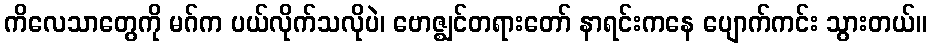
ကိလေသာတွေကို မဂ်က ပယ်လိုက်သလိုပဲ၊ ဗောဇ္ဈင်တရားတော် နာရင်းကနေ ပျောက်ကင်း သွားတယ်။